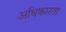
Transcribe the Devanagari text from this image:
अधिकारता